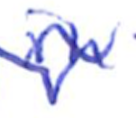
Text: in
Cross-out: wave
Writing tool: ballpoint